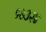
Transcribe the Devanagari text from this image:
१७३२४